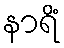
နာရိံ